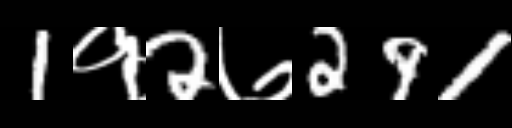
Text: 1१2७291